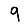
Digit: 9